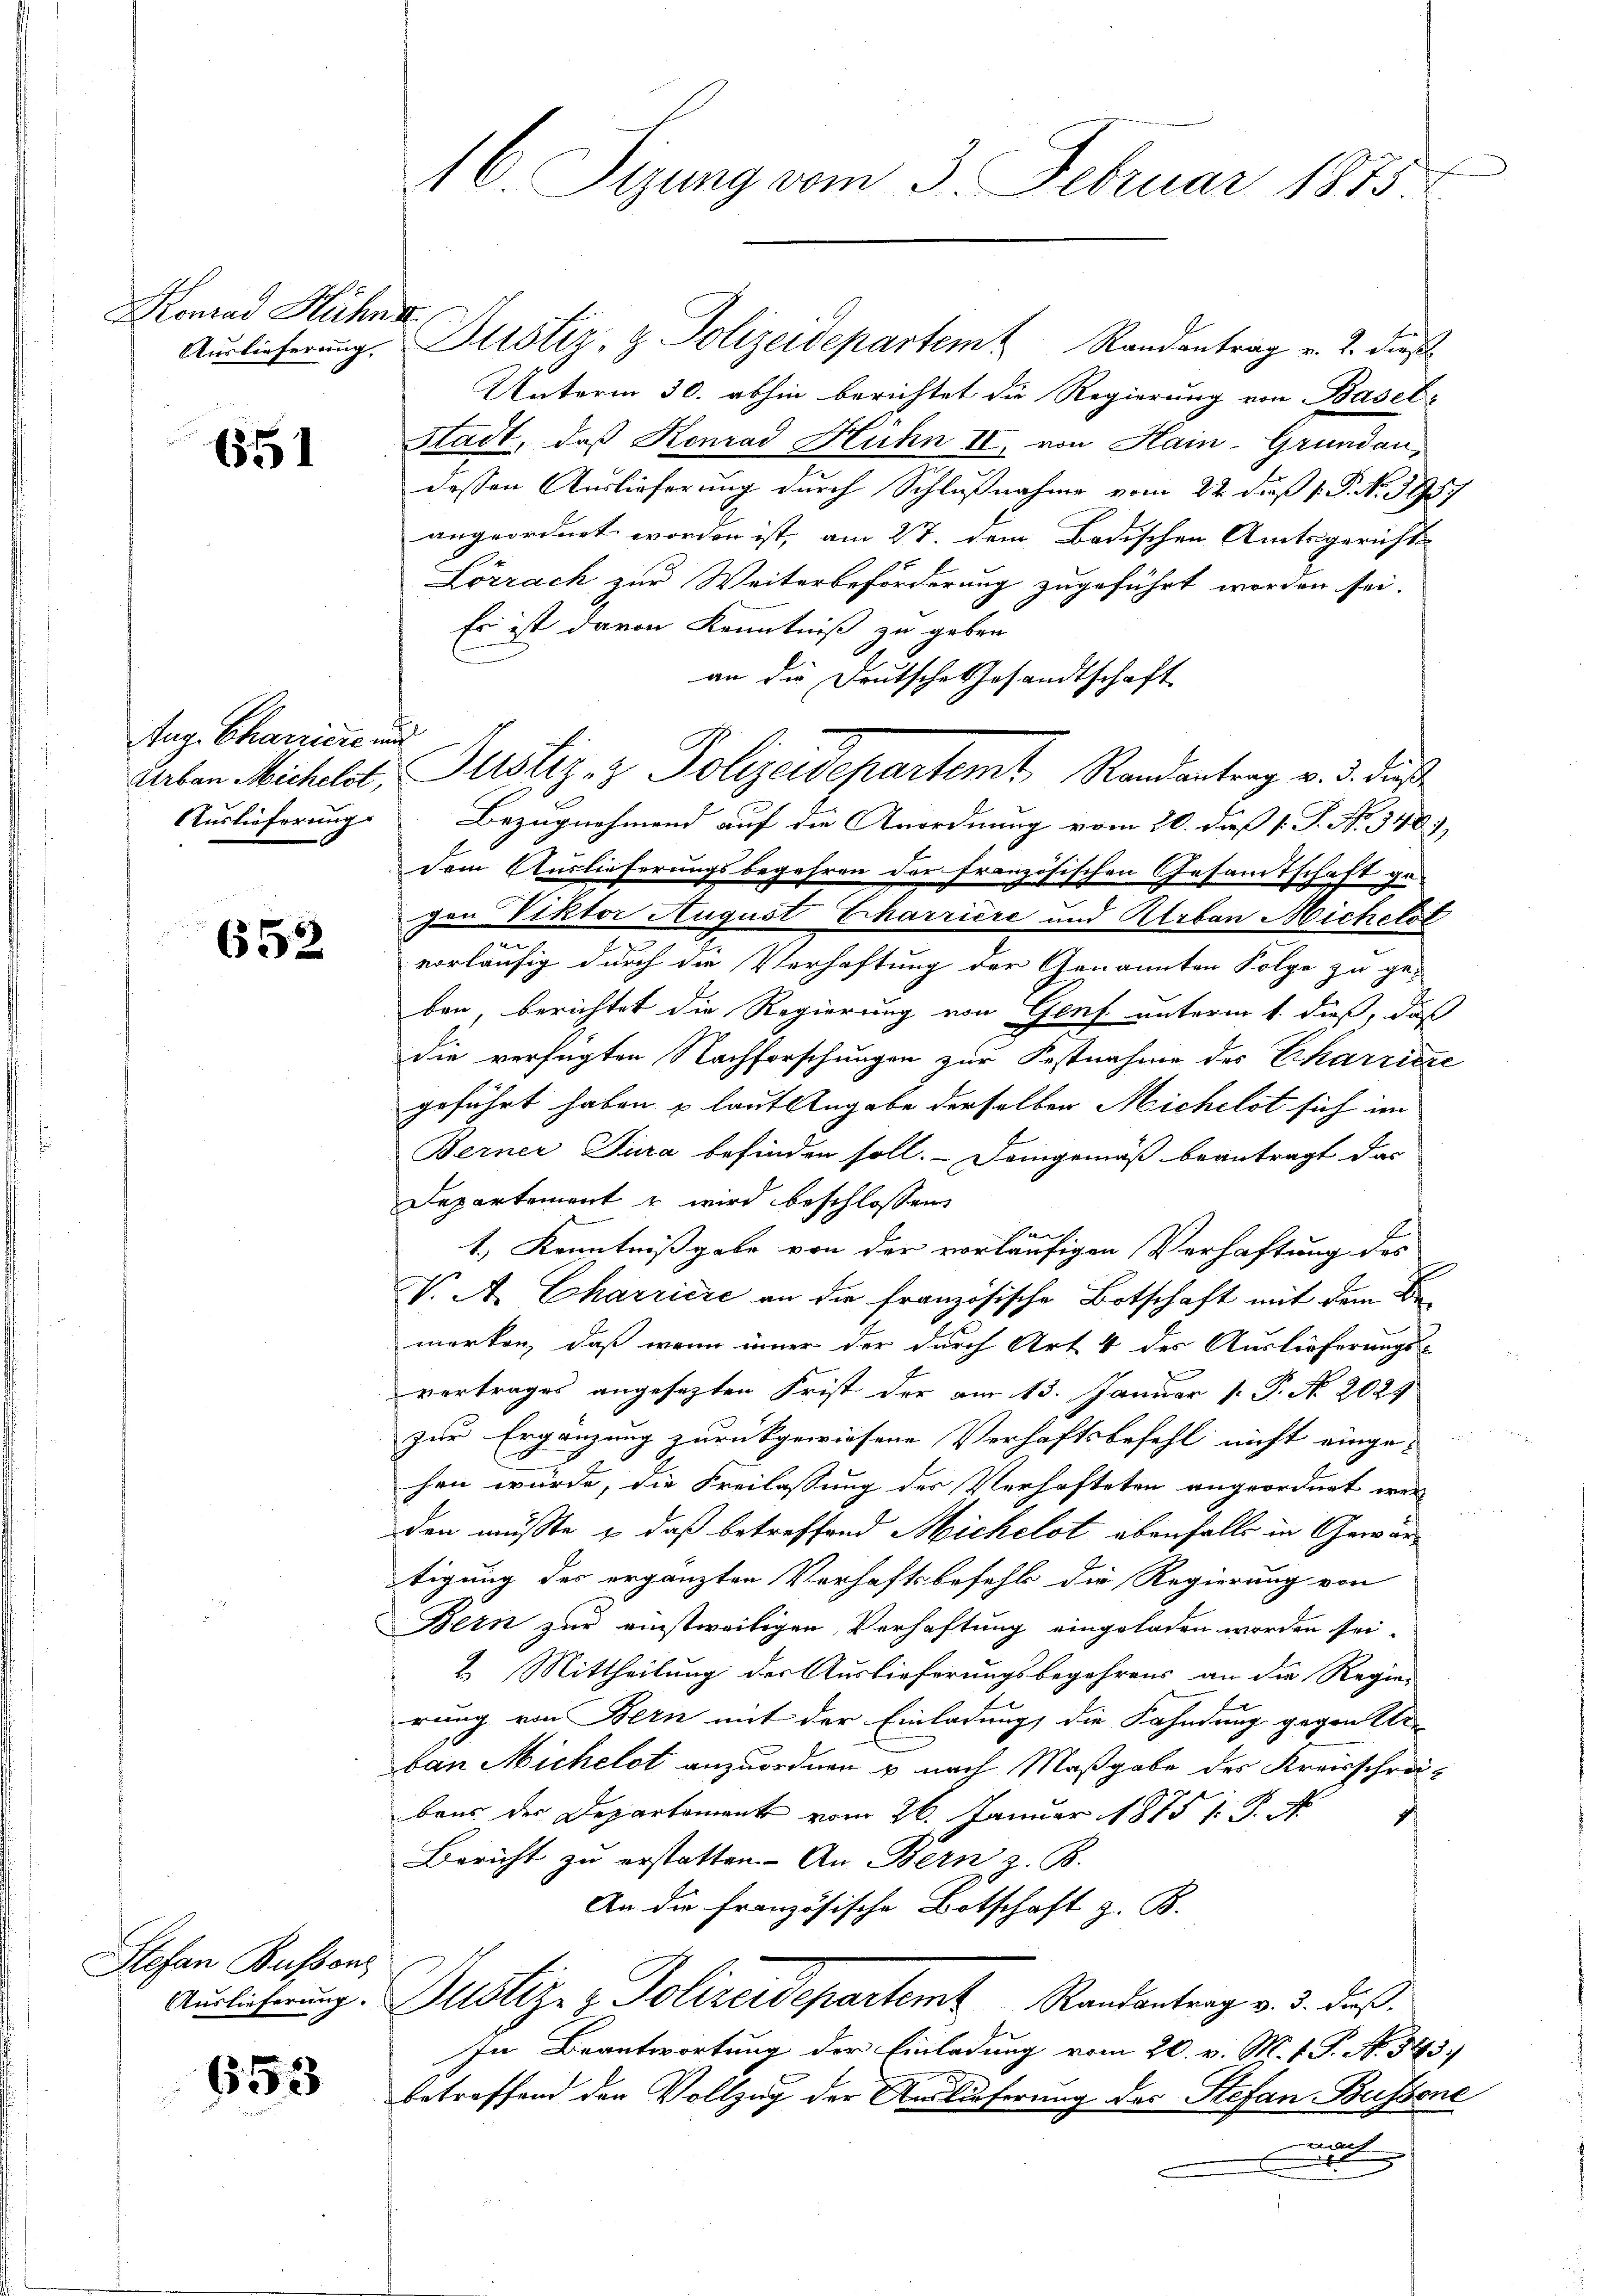
Konrad Hühne

6551

Aug. Chartiere und

652

Stefan Busson

653

Auslieferung. Plistiz- & Polizeidepartem Randantrag v. 2. dieß
Unterm 30. abhin berichtet die Regierung von Basel-
Stadt, daß Konrad Huhn II. von Hain-Grundau-
dessen Auslieferung durch Schlußnahme vom 22. dieß P.P. N. 395.
angeordnet worden ist, am 27. dem Badischen Amtsgerichts
Lörrach zur Weiterbeförderung zugeführt worden sei.
Es ist davon Kenntniß zu geben.
an die Deutsche Gesandtschaft
Auslieferung Bezugnehmend auf die Anordnung vom 20. dieß 1. P. Nr. 340),
dem Auslieferungsbegehren der französischen Gesamtschaft ge-
gen Viktor August Erharriere und Atrban Michelst
vorläufig durch die Verhaftung der Genannten Folge zu ge-
ben, berichtet die Regierung von Genf unterm 1. dieß, daß
die verfügten Nachforschungen zur Festnahme des Erharriere
geführt haben & laut Angabe derselben Michelst sich im
Berner Jura befinden soll. – Deingemäß beantragt das
Departement u wird beschlossens
Se
1.) Kenntnißgabe von der vorläufigen Verhaftung des
V. A. Charriere an die französische Botschaft mit dem Bemerken, daß wenn immer der durch Art 4 des Auslieferungs-
vertrages angesezten Frist der am 13. Januar [ P. No. 2024
zur Ergänzung zurückgewiesene Verhaftsbefehl nicht einge-
hen würde, die Freilassung des Verhafteten angeordnet wer
den müsste & daß betreffend Michelst ebenfalls in Gewärtigung des ergänzten Verhaftsbefehl die Regierung von
Bern zur einstweiligen Verhaftung eingeladen worden sei.
2. Mittheilung der Auslieferungsbegehrens an die Regie-
rung von Bern mit der Einladung, die Fahndung gegen die
ban Michelst anzuordnen u nach Maßgabe des Kreisschreibens der Departement vom 26. Januar 1875 1. P. N
Bericht zu erstatten. An Bern z. B.
An die Französische Botschaft z. B.
Auslichnung. Justiz- & Polizeidepartem Randantrag v. 3. dieß¬
In Beantwortung der Einladung vom 20. v. M. v. J. N. 583.
betreffend den Vollzug der Auslieferung des Stefan Bussone
a

16 Sizung vom 3. Februar 1875.

Aarben Michelet, Justiz- & Polizeidepartemt, Randantrag v. 3. dieß